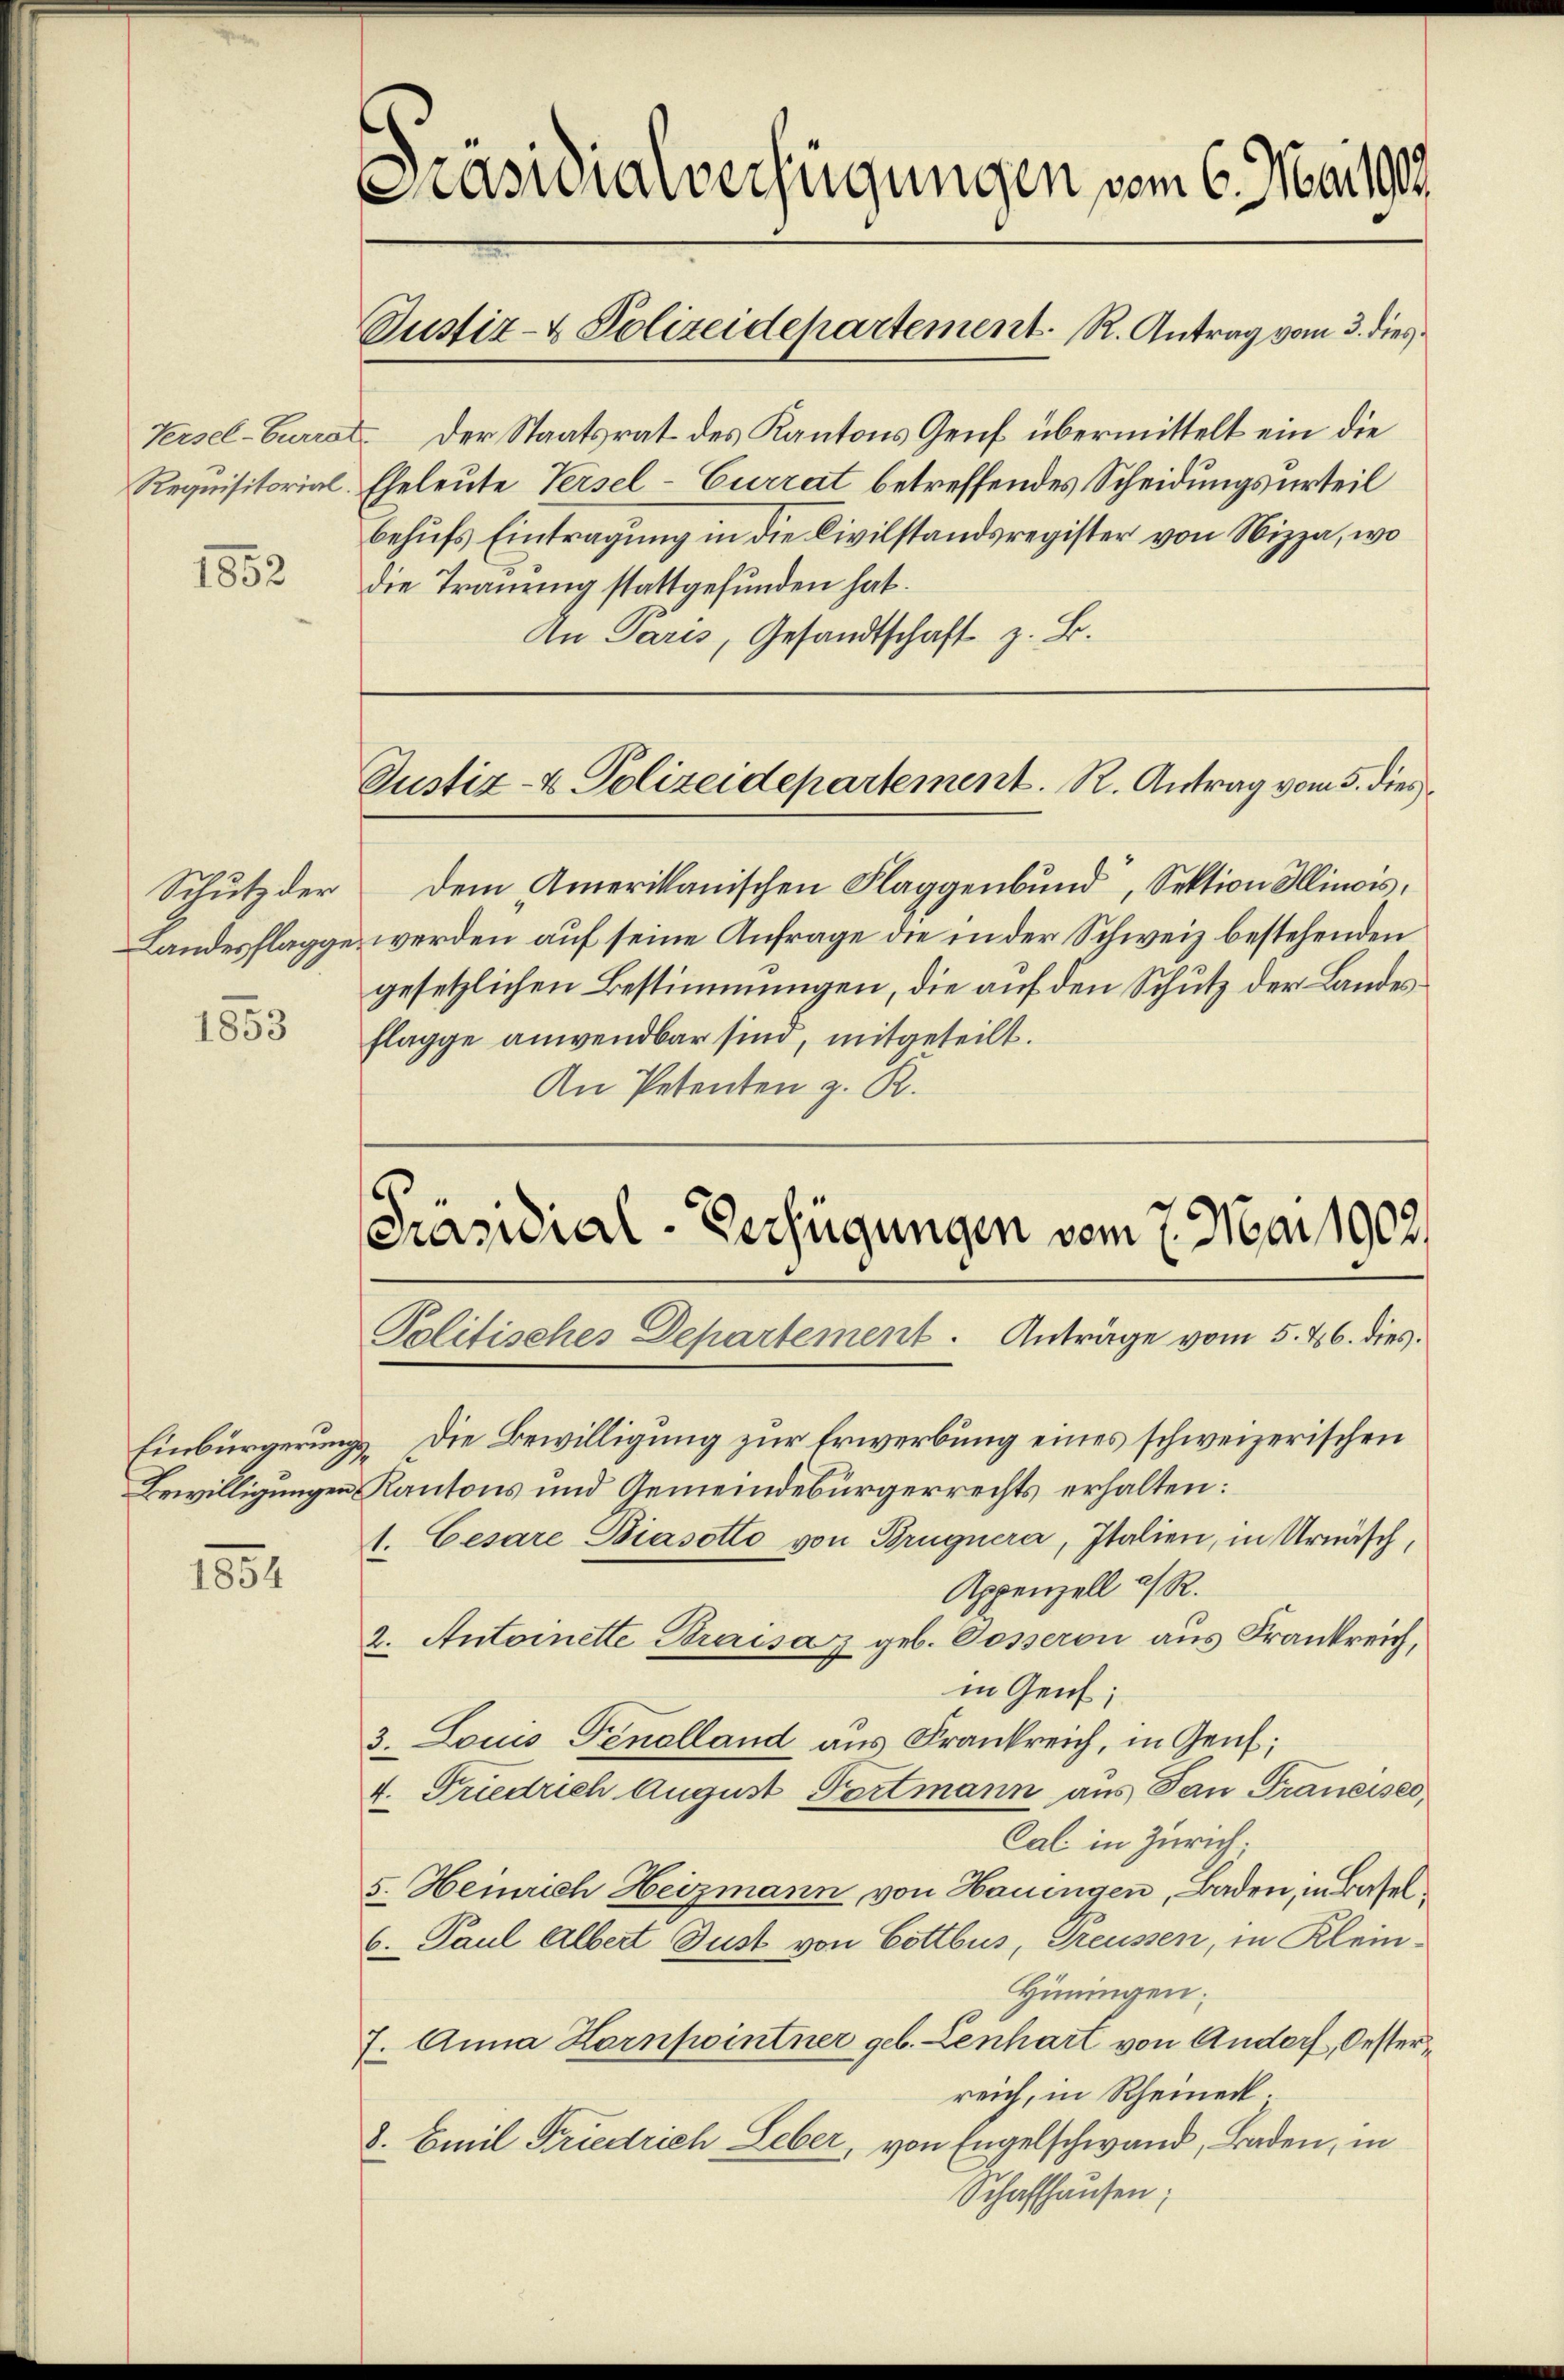
Versel-Currer
Requisitorial.

1852

Schutz der
Landesflagge

1853

1801

Präsidialverfügungen vom 6. Mai 1909

Der Staatsrat des Kantons Genf übermittelt ein die
Eheleute Versel-Currat betreffendes Scheidungsurteil
behŭfs Eintragung in die Civilstandsregister von Nizza, wo
die Trauung stattgefunden hat.
An Paris, Gesandtschaft z. B.

Justiz- & Polizeidepartement. R. Antrag vom 3. dies

Justiz- & Polizeidepartement. R. Antrag vom 5. dies

Präsidial-Verfügungen vom 7. Mai 1902/
Politisches Departement. Anträge vom 5. 466. dies

dem Amerikanischen Flaggenbund, Sektion Ilinois,
werden auf seine Anfrage die in der Schweiz bestehenden
gesetzlichen Bestimmungen, die auf den Schutz der Landes¬
Flagge anwendbar sind, mitgeteilt.
An Petenten z. R.

Einbürgerungs Die Bewilligung zur Erwerbung eines schweizerischen
Bewilligungen Kantons und Gemeindebürgerrechts erhalten:
1. Cesare Biasotto von Brügnera, Italien, in Urnäsch,
Appenzell a. R.
2. Antoinette Braisaz geb. Posseron aus Frankreich,
in Genf;
3. Louis Fenolland aus Frankreich, in Genf;
4. Friedrich August Portmann aus San Francises
Cal in Zürich;
5. Heinrich Heizmann von Hauingen, Baden, in Basel¬
6. Paul Albert Gust von Gottbus, Preussen, in Klein¬
Hüningen.
7. Anna Hornpointner geb. Lenhart von Andorf, Oester
reich, in Rheineck.
8. Emil Friedrich Leber, von Engelschwand, Baden, in
Schaffhausen;